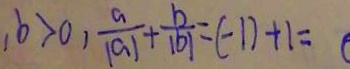
, b > 0 , \frac { a } { \vert a \vert } + \frac { b } { \vert b \vert } = ( - 1 ) + 1 =